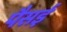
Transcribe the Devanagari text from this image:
पैसई